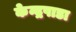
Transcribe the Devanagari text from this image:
केन्द्रपाडा